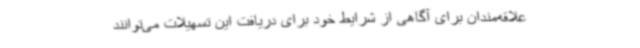
علاقه‌مندان برای آگاهی از شرایط خود برای دریافت این تسهیلات می‌توانند